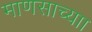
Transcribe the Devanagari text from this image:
माणसाच्याा